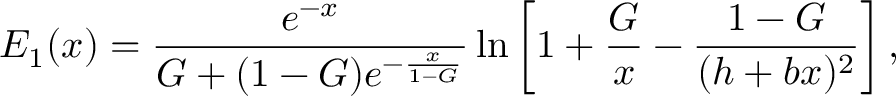
E _ { 1 } ( x ) = { \frac { e ^ { - x } } { G + ( 1 - G ) e ^ { - { \frac { x } { 1 - G } } } } } \ln \left[ 1 + { \frac { G } { x } } - { \frac { 1 - G } { ( h + b x ) ^ { 2 } } } \right] ,